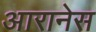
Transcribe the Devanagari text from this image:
आरानेस